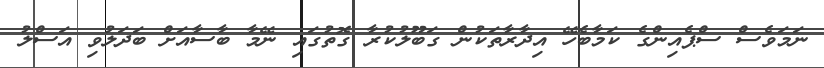
ނަމަވެސް ސްޕެއިންގެ ކަމާބެހޭ އިދާރާތަކުން ގަބޫލުކުރާ ގޮތުގައި ނޭމާ ބާސާއަށް ބަދަލުވި އަސްލު